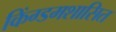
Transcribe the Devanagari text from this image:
किंग्डमशासित